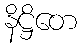
နိဋ္ဌိတေ